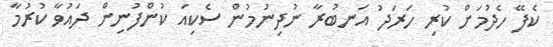
ކެފޭ ހެދުމަށް ކުރި ހަރަދު އަނބުރާ ނުދިނުމުން ސެކިއަ ކުންފުނިން ދައުވާ ކުރުމާ